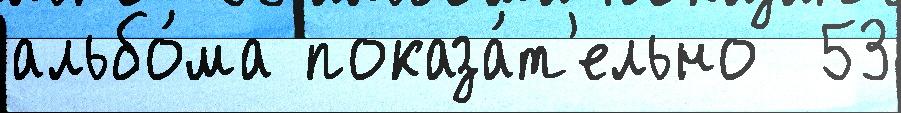
альбо́ма показа́т'ельно  53